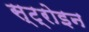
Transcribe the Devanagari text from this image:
स्ट्रोइन